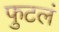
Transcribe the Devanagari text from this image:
फुटलं